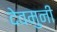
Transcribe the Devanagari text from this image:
देवमुनी